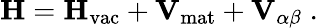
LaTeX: \mathbf{H}=\mathbf{H}_{\mathrm{vac}}+\mathbf{V}_{\mathrm{mat}}+\mathbf{V}_{\alpha\beta}\; .